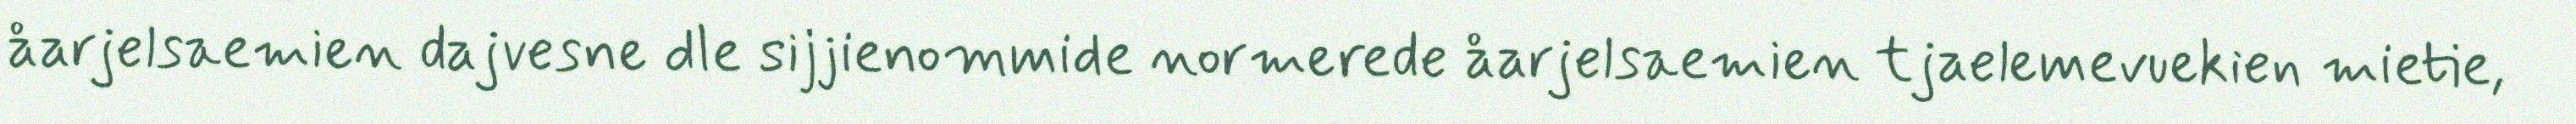
åarjelsaemien dajvesne dle sijjienommide normerede åarjelsaemien tjaelemevuekien mietie,